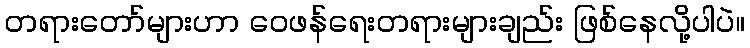
တရားတော်များဟာ ဝေဖန်ရေးတရားများချည်း ဖြစ်နေလို့ပါပဲ။